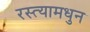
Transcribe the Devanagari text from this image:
रस्त्यामधुन